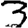
Digit: 3